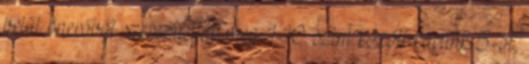
belül önerőből szerezhetjük meg. 1-10. szint között kapunk 5-öt,